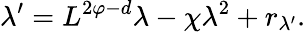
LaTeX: \lambda^{\prime}=L^{2\varphi-d}\lambda-\chi\lambda^{2}+r_{\lambda^{\prime}}.